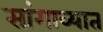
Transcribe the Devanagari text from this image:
सांगाव्यात